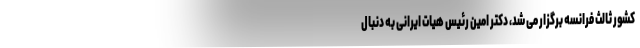
کشور ثالث فرانسه برگزار می شد، دکتر امین رئیس هیات ایرانی به دنبال